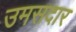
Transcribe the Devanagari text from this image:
उमसदार